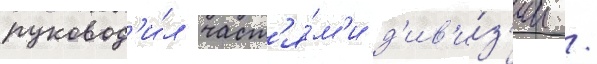
руковод'и́л част'я́м'и д'ив'и́з'ии /